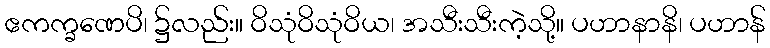
ဧကက္ခဏေပိ၊ ၌လည်း။ ဝိသုံဝိသုံဝိယ၊ အသီးသီးကဲ့သို့။ ပဟာနာနိ၊ ပဟာန်